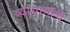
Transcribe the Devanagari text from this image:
व्यायामांचे